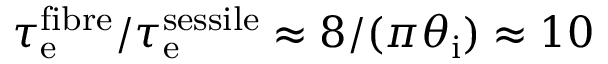
\tau _ { \mathrm { e } } ^ { \mathrm { f i b r e } } / \tau _ { \mathrm { e } } ^ { \mathrm { s e s s i l e } } \approx 8 / ( \pi \theta _ { \mathrm { i } } ) \approx 1 0